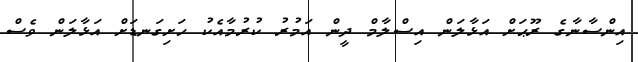
އިންސާނާގެ ރޫޙަށް އަޅާލަން އިސްލާމް ދީން އަމުރު ކުރުމާއެކު ހަށިގަނޑަށް އަޅާލަން ވެސް